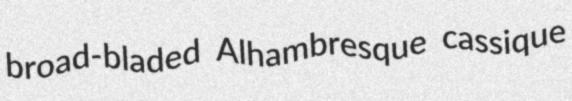
broad-bladed Alhambresque cassique